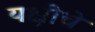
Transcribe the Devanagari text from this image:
यक्षीचे